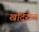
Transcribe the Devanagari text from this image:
खदिरोव